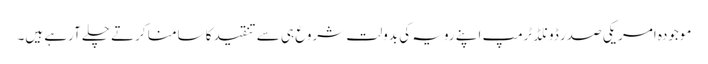
موجودہ امریکی صدر ڈونلڈ ٹرمپ اپنے رویہ کی بدولت شروع ہی سے تنقید کا سامنا کرتے چلے آرہے ہیں۔